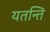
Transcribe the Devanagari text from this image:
यतन्ति